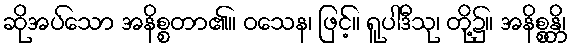
ဆိုအပ်သော အနိစ္စတာ၏။ ဝသေန၊ ဖြင့်။ ရူပါဒီသု၊ တို့၌။ အနိစ္စန္တိ၊